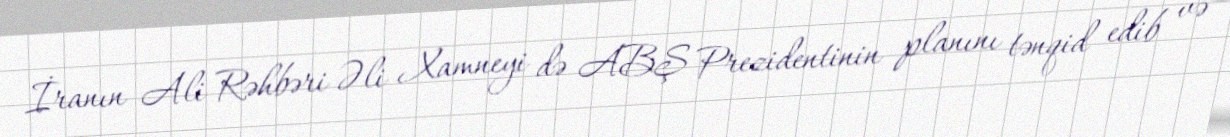
İranın Ali Rəhbəri Əli Xamneyi də ABŞ Prezidentinin planını tənqid edib və